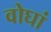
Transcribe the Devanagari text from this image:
वोघां